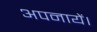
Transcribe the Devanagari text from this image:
अपनायें।